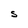
Character: S